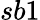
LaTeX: sb1